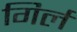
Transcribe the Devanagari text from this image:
गिर्ल